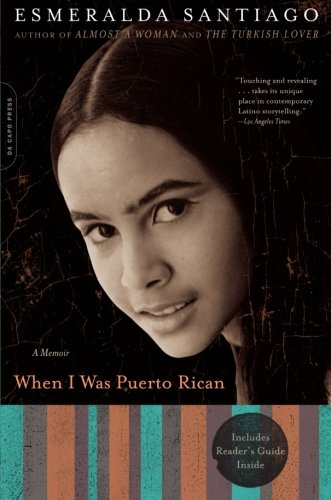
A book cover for When I Was Puerto Rican: A Memoir (A Merloyd Lawrence Book); Esmeralda Santiago; Biographies & Memoirs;